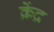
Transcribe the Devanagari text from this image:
क्रेंद्र